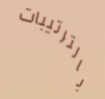
بالترتيبات